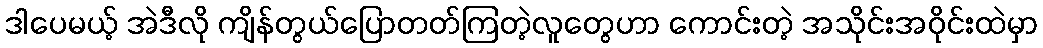
ဒါပေမယ့် အဲဒီလို ကျိန်တွယ်ပြောတတ်ကြတဲ့လူတွေဟာ ကောင်းတဲ့ အသိုင်းအဝိုင်းထဲမှာ